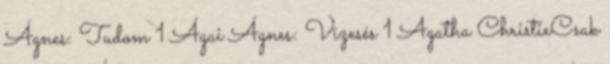
Ágnes: Tudom 1 Ágai Ágnes: Vízesés 1 Agatha ChristieCsak